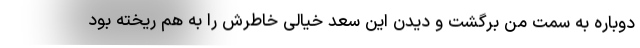
دوباره به سمت من برگشت و دیدن این سعد خیالی خاطرش را به هم ریخته بود